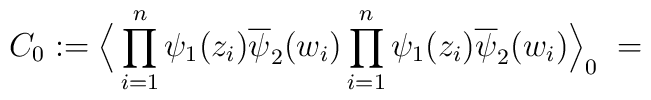
C_0 :=\Big \langle\prod_{i=1}^n \psi_1(z_i)\overline{\psi}_2(w_i)\prod_{i=1}^n \psi_1(z_i)\overline{\psi}_2(w_i) \Big\rangle_0 \; =